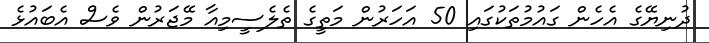
ދުނިޔޭގެ އެހެން ގައުމުތަކުގައި 50 އަހަރުން މަތީގެ ތެލެސީމިއާ މޭޖަރުން ވެސް އެބައުޅެ